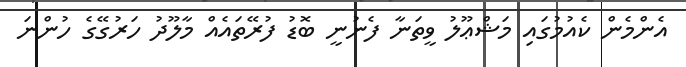
އެންމެން ކެއުމުގައި މަޝްޢޫލު ވީތަނާ ފެނުނީ ބޮޑު ފުރޭތައެއް މާލޫދު ހަރުގޭގެ ހުންނަ